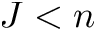
J < n